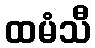
ထမံသီ